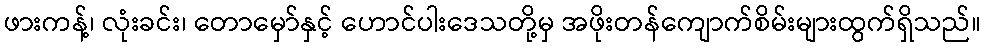
ဖားကန့်၊ လုံးခင်း၊ တောမှော်နှင့် ဟောင်ပါးဒေသတို့မှ အဖိုးတန်ကျောက်စိမ်းများထွက်ရှိသည်။